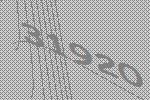
31920